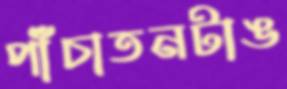
পাঁচাতনটাঙ